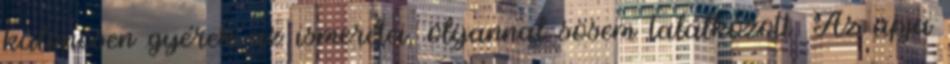
különösen gyérek az ismeretei, olyannal sosem találkozott. Az apja